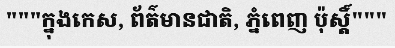
"""ក្នុងកេស, ព័ត៌មានជាតិ, ភ្នំពេញ ប៉ុស្តិ៍"""